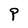
Character: P